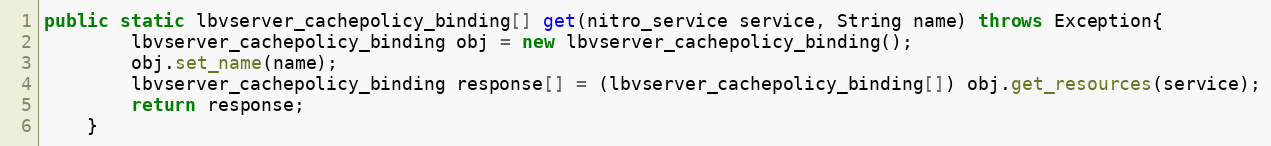
Language: Java
public static lbvserver_cachepolicy_binding[] get(nitro_service service, String name) throws Exception{
		lbvserver_cachepolicy_binding obj = new lbvserver_cachepolicy_binding();
		obj.set_name(name);
		lbvserver_cachepolicy_binding response[] = (lbvserver_cachepolicy_binding[]) obj.get_resources(service);
		return response;
	}